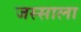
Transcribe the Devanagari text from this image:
जस्साला